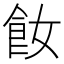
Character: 𩚔